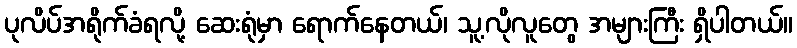
ပုလိပ်အရိုက်ခံရလို့ ဆေးရုံမှာ ရောက်နေတယ်၊ သူ့လိုလူတွေ အများကြီး ရှိပါတယ်။